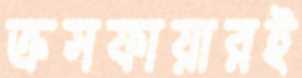
ক্রসফায়ারই